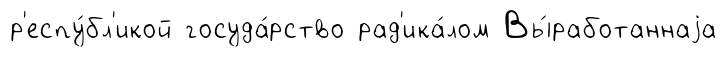
р'еспу́бл'икой госуда́рство рад'ика́лом Вы́работаннаjа